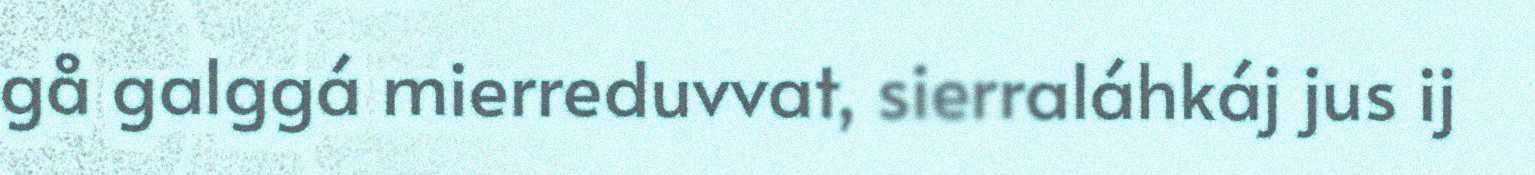
gå galggá mierreduvvat, sierraláhkáj jus ij